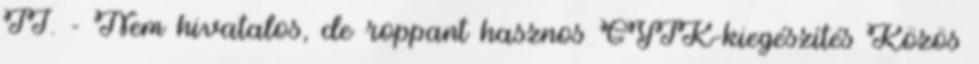
II. - Nem hivatalos, de roppant hasznos GYIK-kiegészítés Közös